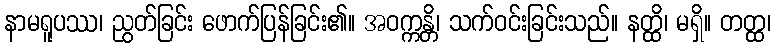
နာမရူပဿ၊ ညွတ်ခြင်း ဖောက်ပြန်ခြင်း၏။ အဝက္ကန္တိ၊ သက်ဝင်းခြင်းသည်။ နတ္ထိ၊ မရှိ။ တတ္ထ၊